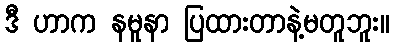
ဒီ ဟာက နမူနာ ပြထားတာနဲ့မတူဘူး။